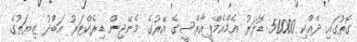
ގޮތުގައި ދެއްކި 50000 ޑޮލަރު އެމްއެމްޕީއާރްސީގެ އޭރުގެ މެނޭޖިން ޑިރެކްޓަރު އަބްދު ޒިޔަތުގެ